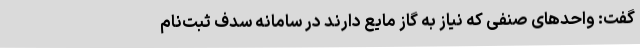
گفت: واحدهای صنفی که نیاز به گاز مایع دارند در سامانه سدف ثبت‌نام